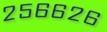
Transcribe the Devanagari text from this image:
२५६६२६